Indian journal of veterinary science and animal husbandry - Volume 12,
Year: 1942
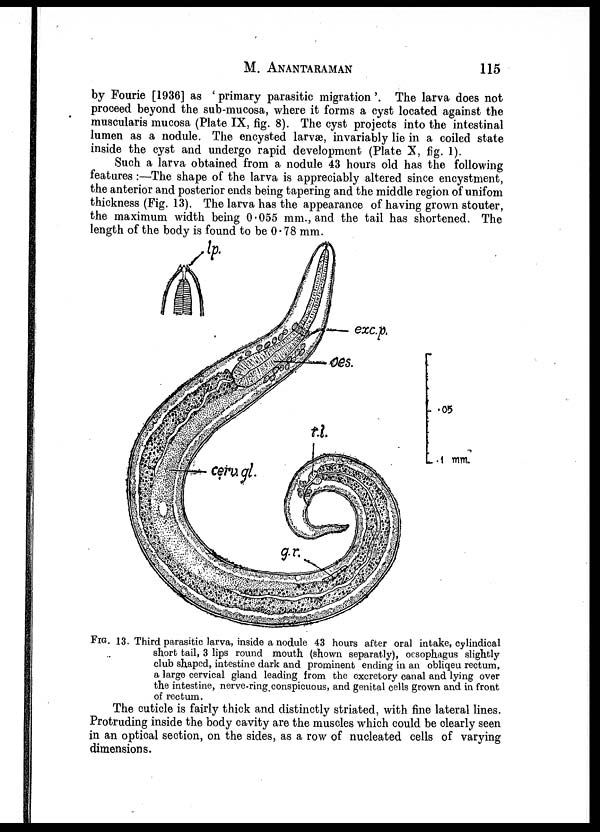
M.
ANANTARAMAN
115
by Fourie [1936] as ' primary parasitic migration'. The larva does not
proceed beyond the sub-mucosa, where it forms a cyst located against the
muscularis mucosa (Plate IX, fig. 8). The cyst projects into the intestinal
lumen as a nodule. The encysted larvæ, invariably lie in a coiled state
inside the cyst and undergo rapid development (Plate X, fig. 1).
Such a larva obtained from a nodule 43 hours old has the following
features :—The shape of the larva is appreciably altered since encystment,
the anterior and posterior ends being tapering and the middle region of unifom
thickness (Fig. 13). The larva has the appearance of having grown stouter,
the maximum width being 0.055 mm., and the tail has shortened. The
length of the body is found to be 0.78 mm.
FIG. 13. Third parasitic larva, inside a nodule 43 hours after oral intake, cylindical
short tail, 3 lips round mouth (shown separatly), œsophagus slightly
club shaped, intestine dark and prominent ending in an obliqeu rectum,
a large cervical gland leading from the excretory canal and lying over
the intestine, nerve-ring conspicuous, and genital cells grown and in front
of rectum.
The cuticle is fairly thick and distinctly striated, with fine lateral lines.
Protruding inside the body cavity are the muscles which could be clearly seen
in an optical section, on the sides, as a row of nucleated cells of varying
dimensions.